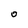
Character: 0